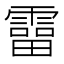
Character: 𩅑